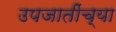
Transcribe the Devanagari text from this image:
उपजातींच्या